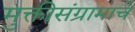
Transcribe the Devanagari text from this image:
मुक्तीसंग्रामाचे